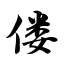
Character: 偻